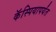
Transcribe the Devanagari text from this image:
कॅस्पियापर्यंत